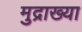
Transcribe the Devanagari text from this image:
मुद्राख्या